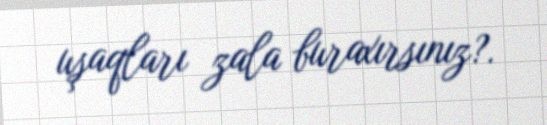
uşaqları zala buraxırsınız?.